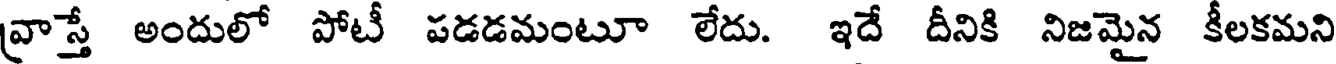
వాస్తే అందులో పోటీ పడడమంటూ లేదు. ఇదే దీనికి నిజమైన కీలకమని